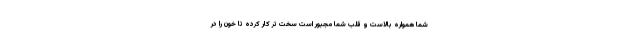
شما همواره بالاست و قلب شما مجبور است سخت تر کار کرده تا خون را در